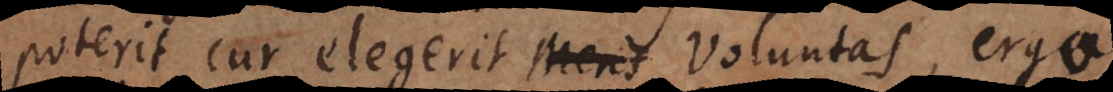
poterit cur elegerit Mens Voluntas, ergo